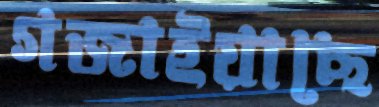
গজাইয়াছে